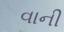
વાની